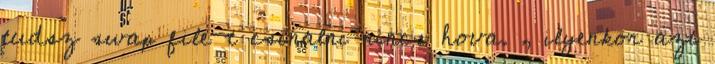
tudsz swap file-t csinalni nincs hova. , ilyenkor azt